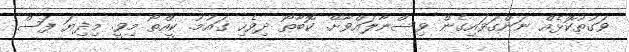
ވަގުތުކޮޅެއް ނަންގަވައިގެން ވިސްނާލައްވާށޭ. ކޮބާތޯ ދިވެހި ގައުމު. ކީއްތޯ މިވީ. މިދިޔަ ފަސް